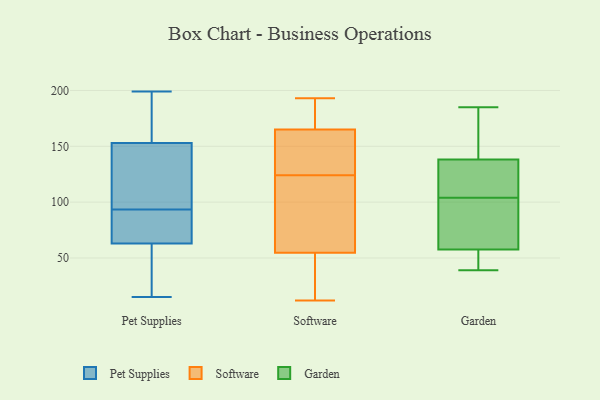
{"axis": {"x": "LTV (USD)", "y": "Value"}, "legend": ["Garden", "Pet Supplies", "Software"], "data": [{"x": "", "y": 101, "type": "Pet Supplies"}, {"x": "", "y": 119, "type": "Pet Supplies"}, {"x": "", "y": 15, "type": "Pet Supplies"}, {"x": "", "y": 33, "type": "Pet Supplies"}, {"x": "", "y": 78, "type": "Pet Supplies"}, {"x": "", "y": 199, "type": "Pet Supplies"}, {"x": "", "y": 86, "type": "Pet Supplies"}, {"x": "", "y": 153, "type": "Pet Supplies"}, {"x": "", "y": 158, "type": "Pet Supplies"}, {"x": "", "y": 63, "type": "Pet Supplies"}, {"x": "", "y": 168, "type": "Software"}, {"x": "", "y": 126, "type": "Software"}, {"x": "", "y": 124, "type": "Software"}, {"x": "", "y": 41, "type": "Software"}, {"x": "", "y": 88, "type": "Software"}, {"x": "", "y": 162, "type": "Software"}, {"x": "", "y": 47, "type": "Software"}, {"x": "", "y": 21, "type": "Software"}, {"x": "", "y": 100, "type": "Software"}, {"x": "", "y": 166, "type": "Software"}, {"x": "", "y": 12, "type": "Software"}, {"x": "", "y": 60, "type": "Software"}, {"x": "", "y": 78, "type": "Software"}, {"x": "", "y": 160, "type": "Software"}, {"x": "", "y": 53, "type": "Software"}, {"x": "", "y": 142, "type": "Software"}, {"x": "", "y": 189, "type": "Software"}, {"x": "", "y": 168, "type": "Software"}, {"x": "", "y": 193, "type": "Software"}, {"x": "", "y": 91, "type": "Garden"}, {"x": "", "y": 121, "type": "Garden"}, {"x": "", "y": 90, "type": "Garden"}, {"x": "", "y": 39, "type": "Garden"}, {"x": "", "y": 55, "type": "Garden"}, {"x": "", "y": 65, "type": "Garden"}, {"x": "", "y": 185, "type": "Garden"}, {"x": "", "y": 149, "type": "Garden"}, {"x": "", "y": 111, "type": "Garden"}, {"x": "", "y": 52, "type": "Garden"}, {"x": "", "y": 42, "type": "Garden"}, {"x": "", "y": 159, "type": "Garden"}, {"x": "", "y": 112, "type": "Garden"}, {"x": "", "y": 144, "type": "Garden"}, {"x": "", "y": 104, "type": "Garden"}]}